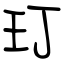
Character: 玎